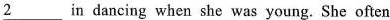
\underline{2 } n dancing when she was young.She often